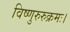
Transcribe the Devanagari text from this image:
विष्णुरुरुक्रमः।